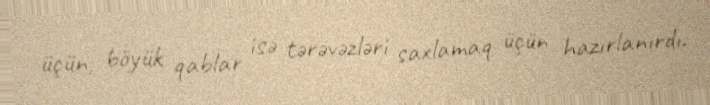
üçün, böyük qablar isə tərəvəzləri saxlamaq üçün hazırlanırdı.